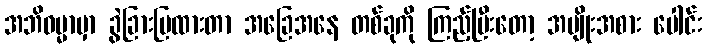
အဘိဓမ္မာမှာ ခွဲခြားပြထားတာ အခြေအနေ တစ်ခုကို ကြည့်ပြီးတော့ အမျိုးအစား ပေါင်း